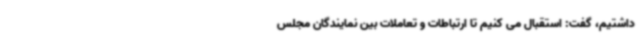
داشتیم، گفت: استقبال می کنیم تا ارتباطات و تعاملات بین نمایندگان مجلس